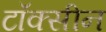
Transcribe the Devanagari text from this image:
टॉक्सीन